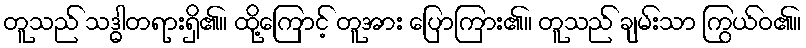
တူသည် သဒ္ဓါတရားရှိ၏။ ထို့ကြောင့် တူအား ပြောကြား၏။ တူသည် ချမ်းသာ ကြွယ်ဝ၏။